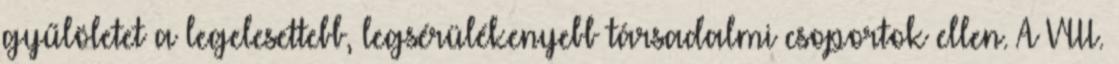
gyűlöletet a legelesettebb, legsérülékenyebb társadalmi csoportok ellen. A VIII.